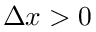
\Delta x > 0